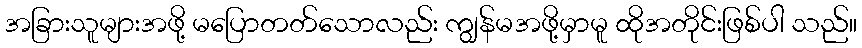
အခြားသူများအဖို့ မပြောတတ်သောလည်း ကျွန်မအဖို့မှာမူ ထိုအတိုင်းဖြစ်ပါ သည်။